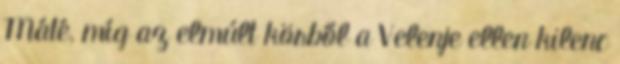
Máté, míg az elmúlt körből a Velenje ellen kilenc